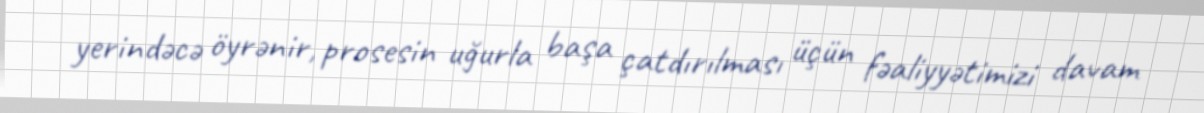
yerindəcə öyrənir, prosesin uğurla başa çatdırılması üçün fəaliyyətimizi davam